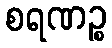
စရဏဉ္စ